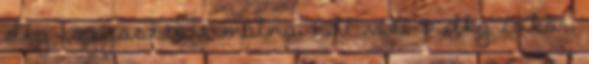
dkg fagyasztott málna, 1 dl víz, 5 dkg cukor,